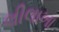
લીલાખા